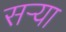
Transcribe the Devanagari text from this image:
सर्‍या